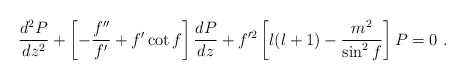
\begin{align*}\frac{d^2P}{dz^2} + \left[ -\frac{f''}{f'} + f' \cot f \right]\frac{dP}{dz}+f'^2 \left[ l(l+1)-\frac{m^2}{\sin^2 f} \right]P = 0~.\end{align*}